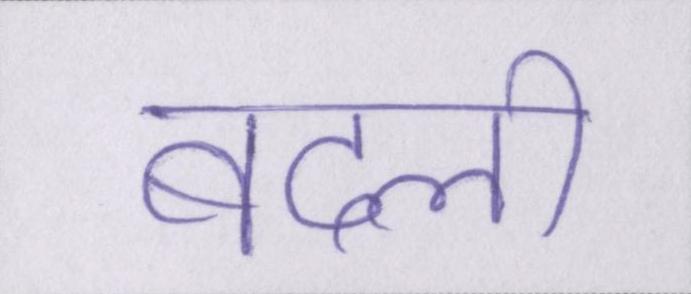
बदली